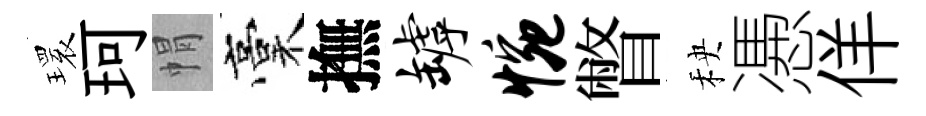
𤨔珂㡌稾撫罅惋瞥秧慿佯